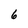
Character: 6